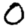
Digit: 0